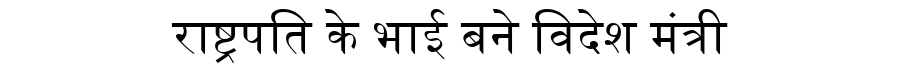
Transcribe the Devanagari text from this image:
राष्ट्रपति के भाई बने विदेश मंत्री